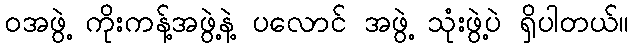
ဝအဖွဲ့ ကိုးကန့်အဖွဲ့နဲ့ ပလောင် အဖွဲ့ သုံးဖွဲ့ပဲ ရှိပါတယ်။